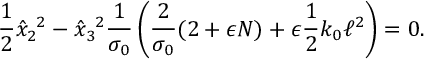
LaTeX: \frac { 1 } { 2 } \hat { x } _ { 2 } ^ { ~ 2 } - \hat { x } _ { 3 } ^ { ~ 2 } \frac { 1 } { \sigma _ { 0 } } \left( \frac { 2 } { \sigma _ { 0 } } ( 2 + \epsilon N ) + \epsilon \frac { 1 } { 2 } k _ { 0 } \ell ^ { 2 } \right) = 0 .